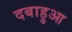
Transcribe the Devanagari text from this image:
दबाहुआ